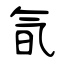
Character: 氜